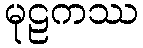
မုဠကဿ